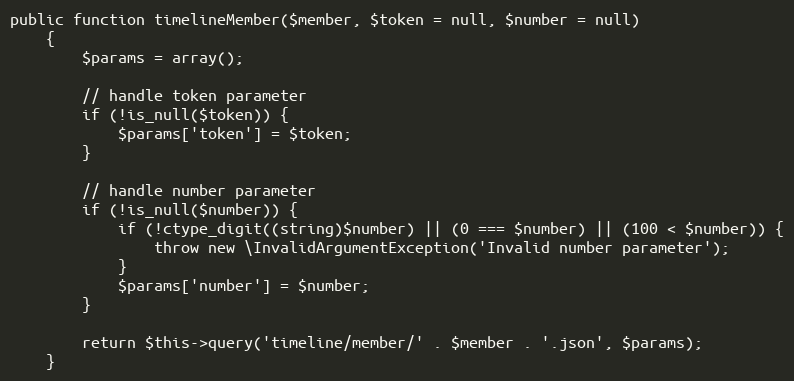
Language: PHP
public function timelineMember($member, $token = null, $number = null)
    {
        $params = array();

        // handle token parameter
        if (!is_null($token)) {
            $params['token'] = $token;
        }

        // handle number parameter
        if (!is_null($number)) {
            if (!ctype_digit((string)$number) || (0 === $number) || (100 < $number)) {
                throw new \InvalidArgumentException('Invalid number parameter');
            }
            $params['number'] = $number;
        }

        return $this->query('timeline/member/' . $member . '.json', $params);
    }